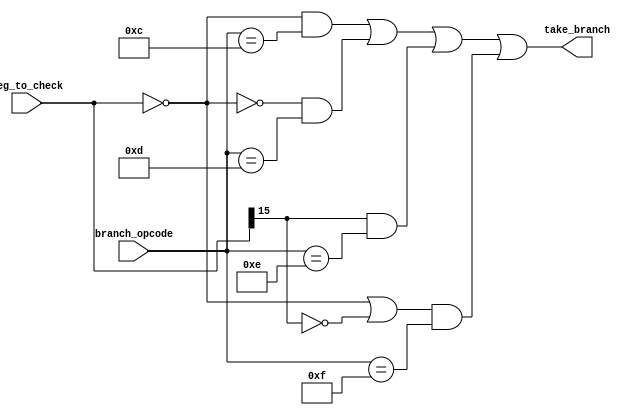
//////////////////////////////////////////////
// Project      : WiscSP13 - Pipelined      //
// Module       : erly_brnch_chkr           //
// Descrption   : Branch checker just       //
//              : after Register File       //
//////////////////////////////////////////////

module erly_brnch_chkr (reg_to_check, branch_opcode, take_branch);

/*****************************************************|
|********* Input/ Output Signal Declarations *********|
|*****************************************************/
    //Input CLK & RST
		//None

    //Input Signals
        input   [15:0]  reg_to_check;
        input   [4:0]   branch_opcode;

    //Input Control Signals
    
    //Output Signals
        output take_branch;
    
/*****************************************************|
|********** Internal Signal Declarations *************|
|*****************************************************/
	wire    early_zero,
            early_neg;

/*****************************************************|
|********* Internal Module Instantitations ***********|
|*****************************************************/
	//None

/*****************************************************|
|***************** Internal Logic ********************|
|*****************************************************/
	assign early_zero   = (reg_to_check == 16'b0);
    assign early_neg    = (reg_to_check[15]);

    assign early_beqz   = early_zero & (branch_opcode == 5'b01100);
    assign early_bnez   = ~early_zero & (branch_opcode == 5'b01101);
    assign early_bltz   = early_neg & (branch_opcode == 5'b01110);
    assign early_bgez   = (early_zero|~early_neg) & (branch_opcode == 5'b01111);

    assign take_branch = early_beqz | early_bnez | early_bltz | early_bgez;

endmodule